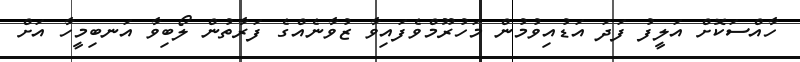
ހާއްސަކޮށް އަލީފު ފަދަ އަޑުއިވުމުން މަހުރޫމްވެފައިވާ ޒުވާނެއްގެ ފަރާތުން ލޯބިވާ އަނބިމީހާ އަށް